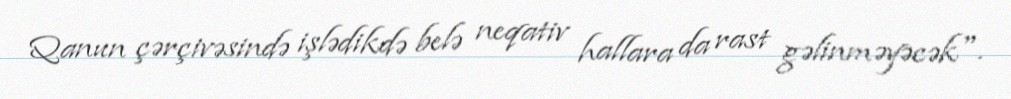
Qanun çərçivəsində işlədikdə belə neqativ hallara da rast gəlinməyəcək".